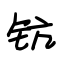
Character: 钪